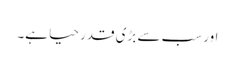
اور سب سے بڑی قدر حیا ہے۔